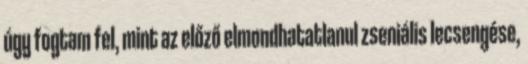
úgy fogtam fel, mint az előző elmondhatatlanul zseniális lecsengése,